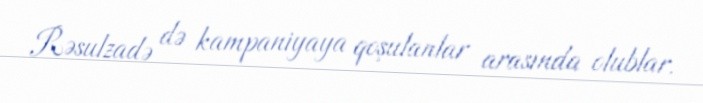
Rəsulzadə də kampaniyaya qoşulanlar arasında olublar.